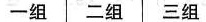
一组 二组 三组